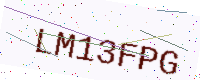
Text: LM13FPG